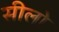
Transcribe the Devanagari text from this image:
सीलो